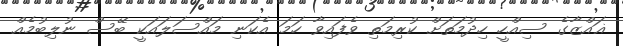
ޣައްޒާގެ ސިއްހީ ހިދުމަތަށް ކުރިމަތި ވެފައިވާ ހަމަ އެކަނި މައްސަލައަކީ ބޭސް ނުލިބުމެއް